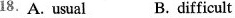
18.A. usual B. difficult